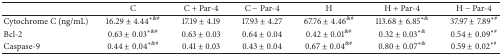
|  | C | C + Par-4 | C − Par-4 | H | H + Par-4 | H − Par-4 |
 | --- | --- | --- | --- | --- | --- | --- |
 | Cytochrome C (ng/mL) | 16.29 ± 4.44∗&# | 17.19 ± 4.19 | 17.93 ± 4.27 | 67.76 ± 4.46&# | 113.68 ± 6.85∗& | 37.97 ± 7.89∗# |
 | Bcl-2 | 0.63 ± 0.03∗&# | 0.63 ± 0.03 | 0.64 ± 0.04 | 0.42 ± 0.01&# | 0.32 ± 0.03∗& | 0.54 ± 0.09∗# |
 | Caspase-9 | 0.44 ± 0.04∗&# | 0.41 ± 0.03 | 0.43 ± 0.04 | 0.67 ± 0.04&# | 0.80 ± 0.07∗& | 0.59 ± 0.02∗# |